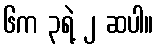
၆က ၃ရဲ့ ၂ ဆပါ။